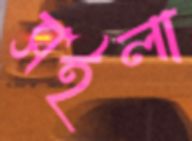
সইলা